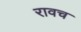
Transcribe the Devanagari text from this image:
रावच